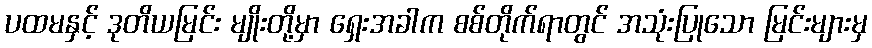
ပထမနှင့် ဒုတိယမြင်း မျိုးတို့မှာ ရှေးအခါက စစ်တိုက်ရာတွင် အသုံးပြုသော မြင်းများမှ